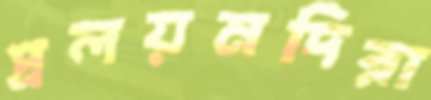
প্রলয়মদিরা